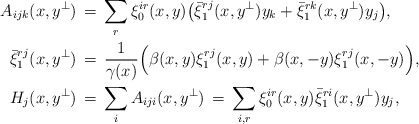
\begin{align*}A_{ijk}(x,y^\perp) \,&=\, \sum_r \xi_0^{ir}(x,y)\big(\bar{\xi}_1^{rj}(x,y^\perp)y_k+\bar{\xi}_1^{rk}(x,y^\perp)y_j\big), \\ \bar{\xi}_1^{rj}(x,y^\perp)\,&=\, \frac{1}{\gamma(x)}\Big(\beta(x,y)\xi_1^{rj}(x,y)+\beta(x,-y)\xi_1^{rj}(x,-y)\Big), \\H_j(x,y^\perp) \,&=\, \sum_iA_{iji}(x,y^\perp) \,=\, \sum_{i,r} \xi_0^{ir}(x,y)\bar{\xi}_1^{ri}(x,y^\perp)y_j, \end{align*}